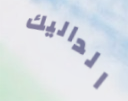
الداليك